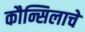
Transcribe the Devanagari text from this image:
कौन्सिलाचे